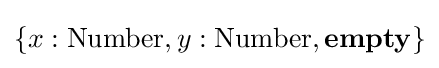
\{x:{\text{Number}},y:{\text{Number}},\mathbf {empty} \}